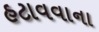
હટાવવાના